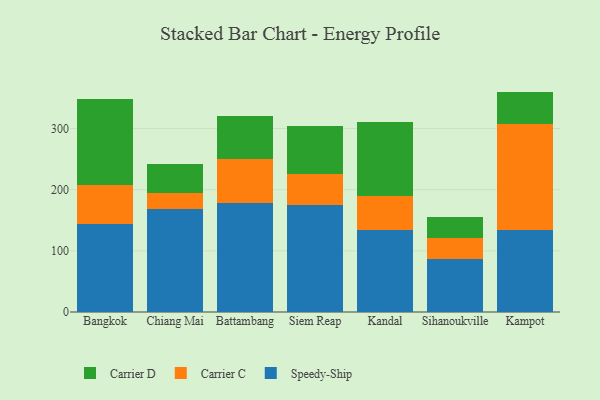
{"axis": {"x": "City", "y": "Demand Index"}, "legend": ["Carrier C", "Carrier D", "Speedy-Ship"], "data": [{"x": "Bangkok", "y": 143.8, "type": "Speedy-Ship"}, {"x": "Bangkok", "y": 63.3, "type": "Carrier C"}, {"x": "Bangkok", "y": 141.8, "type": "Carrier D"}, {"x": "Chiang Mai", "y": 167.9, "type": "Speedy-Ship"}, {"x": "Chiang Mai", "y": 27.0, "type": "Carrier C"}, {"x": "Chiang Mai", "y": 47.2, "type": "Carrier D"}, {"x": "Battambang", "y": 177.7, "type": "Speedy-Ship"}, {"x": "Battambang", "y": 72.2, "type": "Carrier C"}, {"x": "Battambang", "y": 69.8, "type": "Carrier D"}, {"x": "Siem Reap", "y": 175.7, "type": "Speedy-Ship"}, {"x": "Siem Reap", "y": 50.3, "type": "Carrier C"}, {"x": "Siem Reap", "y": 78.3, "type": "Carrier D"}, {"x": "Kandal", "y": 133.9, "type": "Speedy-Ship"}, {"x": "Kandal", "y": 55.5, "type": "Carrier C"}, {"x": "Kandal", "y": 121.9, "type": "Carrier D"}, {"x": "Sihanoukville", "y": 86.2, "type": "Speedy-Ship"}, {"x": "Sihanoukville", "y": 35.3, "type": "Carrier C"}, {"x": "Sihanoukville", "y": 33.9, "type": "Carrier D"}, {"x": "Kampot", "y": 133.9, "type": "Speedy-Ship"}, {"x": "Kampot", "y": 173.5, "type": "Carrier C"}, {"x": "Kampot", "y": 53.0, "type": "Carrier D"}]}